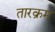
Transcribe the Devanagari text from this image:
तारक्रम